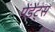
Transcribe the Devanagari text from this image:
पेंडेंट्स